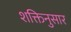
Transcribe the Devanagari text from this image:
शक्तिनुसार